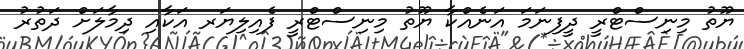
ޔޫތު މިނިސްޓްރީ ދީފިނަމަ އަނެއްކާ ޔޫތު މިނިސްޓްރީ ފެއިލިޔަރ އަކާއި ދިމާލަށް ދަތުރު